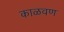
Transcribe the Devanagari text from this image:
काळवण